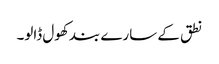
نطق کے سارے بند کھول ڈالو۔